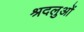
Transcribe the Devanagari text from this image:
श्रदलुओं